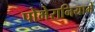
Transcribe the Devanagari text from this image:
पोमेरानियामें